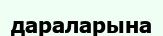
дараларына